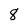
Character: 8